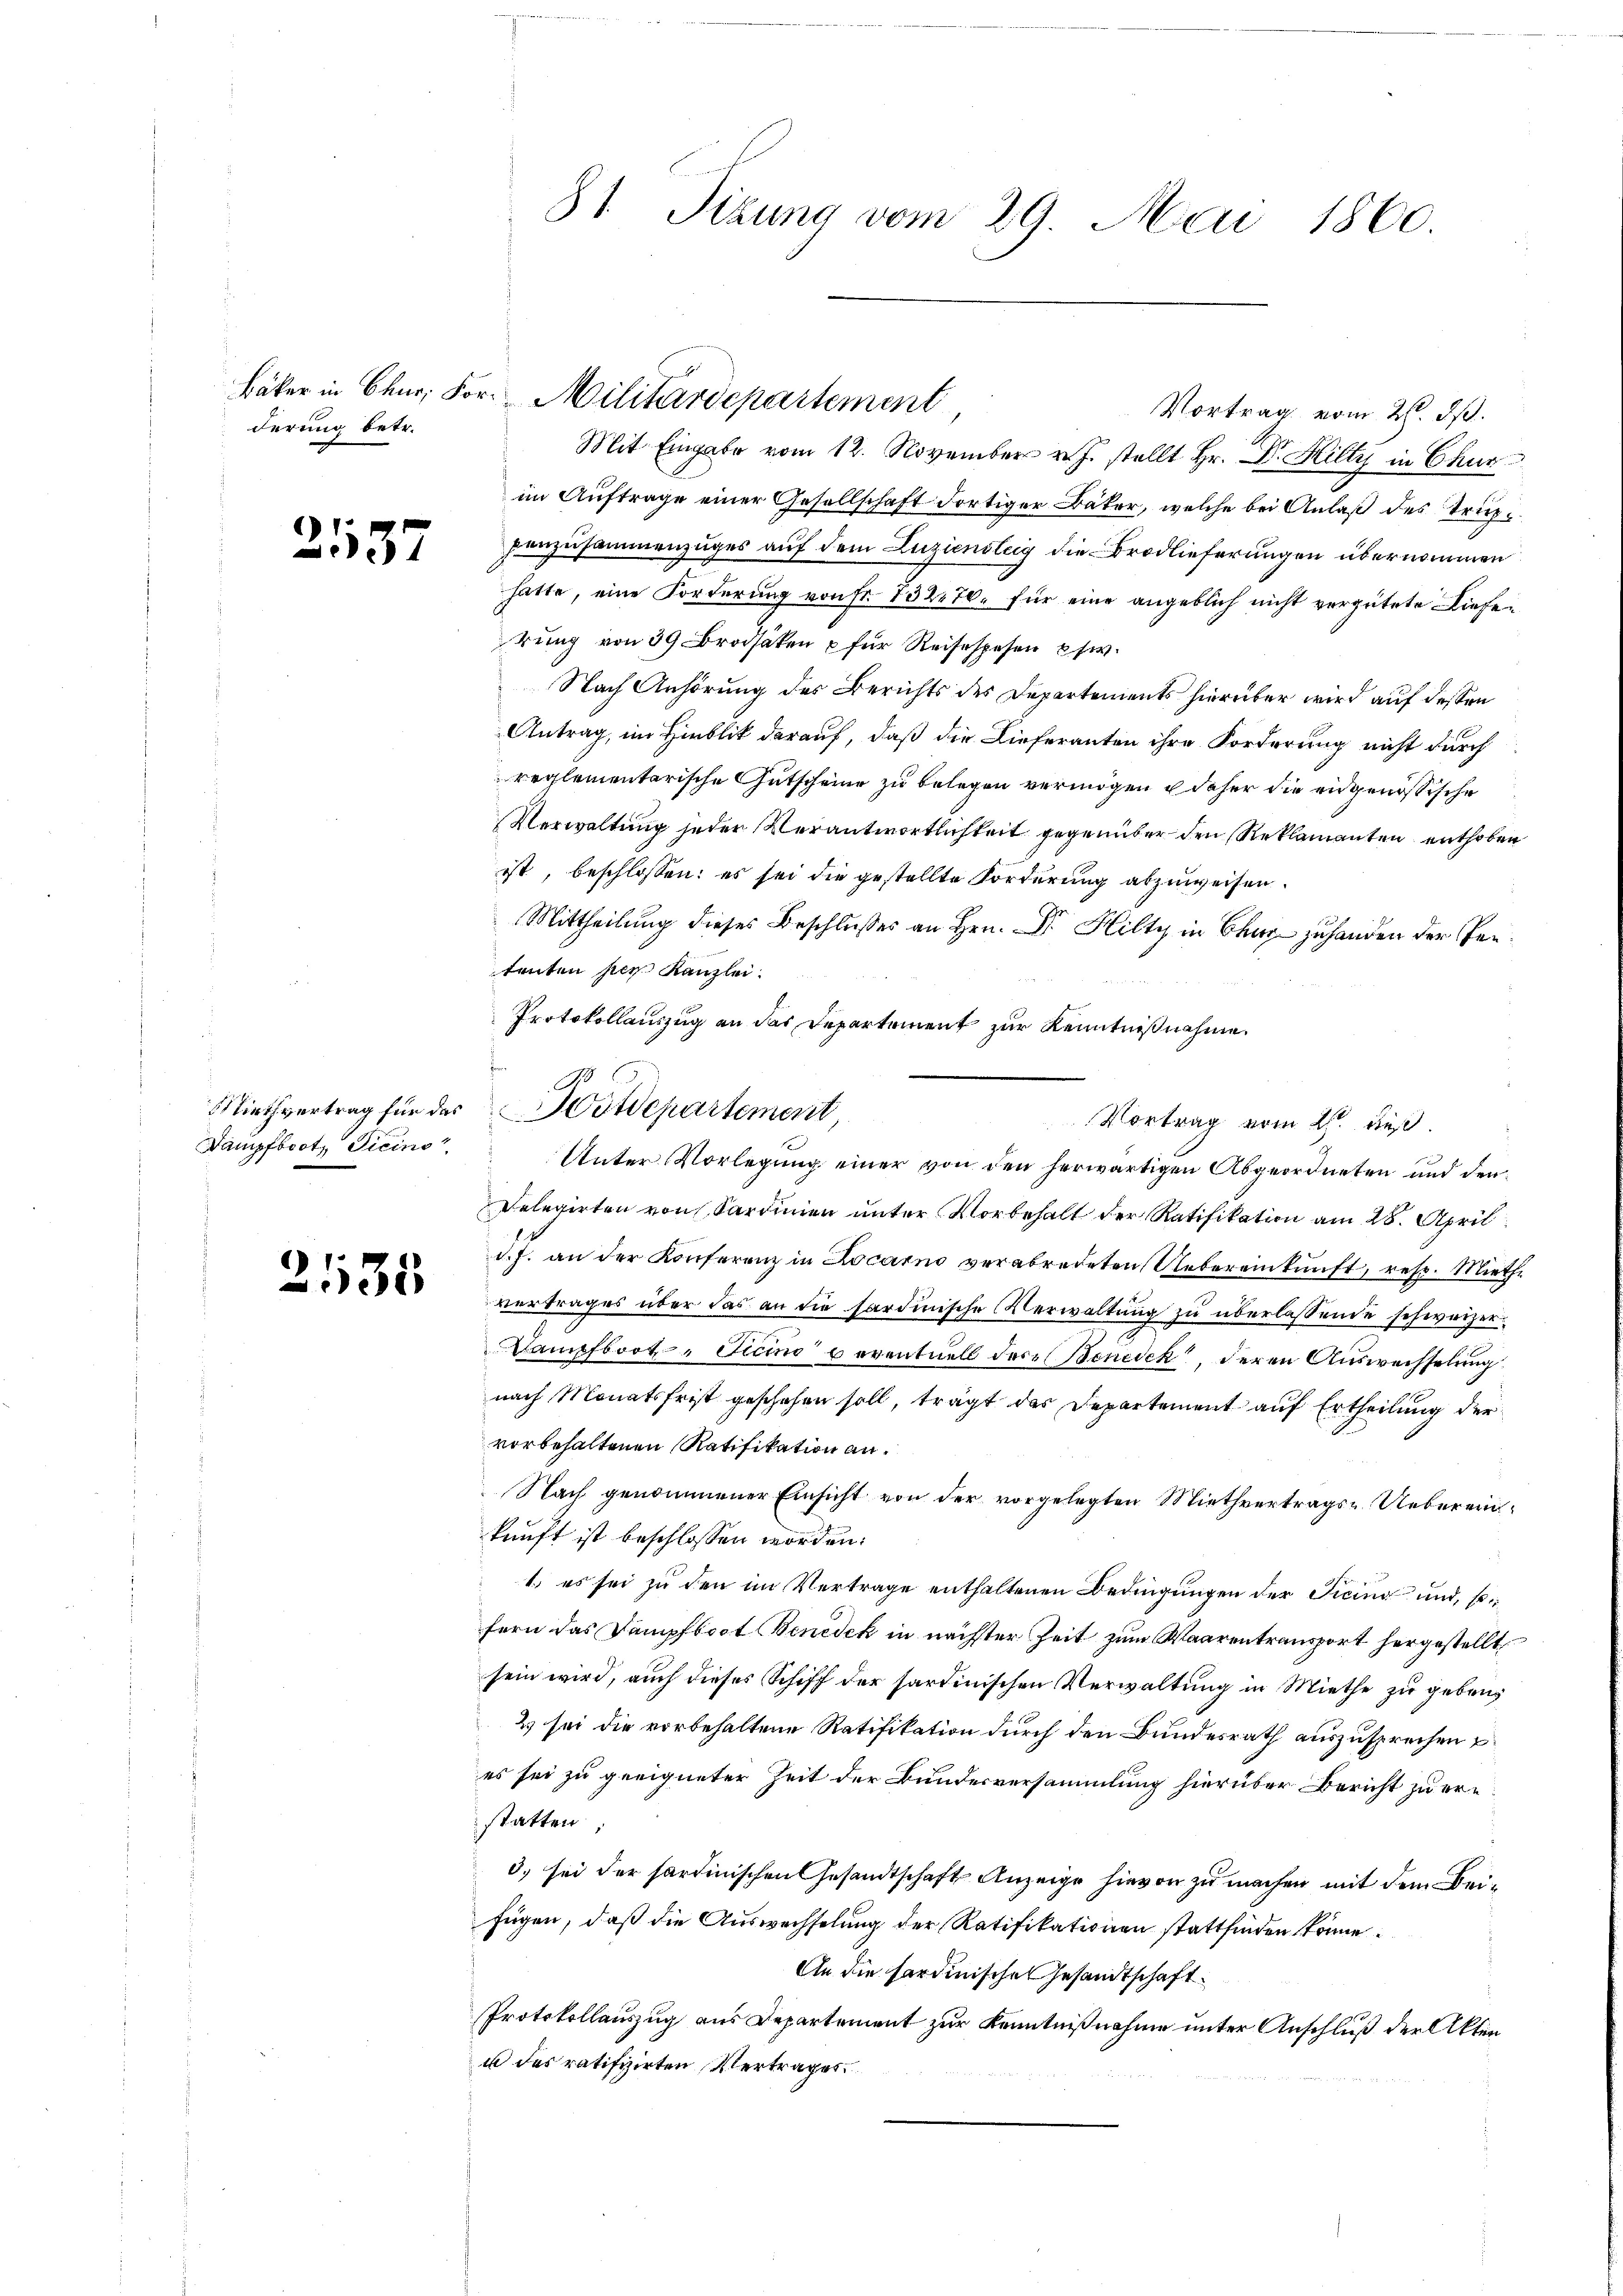
derung betr.

2137

Miethvertrag für das
Dampfboot, Tieins

2135

31. Sizung vom 29. Mai 1860.

Vortrag vom 26. ds.
Mit Eingabe vom 12. November v. J. stellt Hr. Dr. Hilty in Chur
im Auftrage einer Gesellschaft dortiger Bäker, welche bei Anlaß des Tripanzusammenzuges auf dem Luziensteig die Brodlieferungen übernommen
hatte, eine Forderung von Fr. 13270. für eine angeblich nicht vergütete Dieferung von 39 Brasaten u für Reisespesen usw.
Nach Anhörung des Berichts des Departements hierüber wird auf dessen
Antrag, im Hinblik darauf, daß die Lieferanten ihre Forderung nicht durch
reglementarische Gutscheine zu belegen vermögen & daher die eidgenössische
Verwaltung jeder Verantwortlichkeit gegenüber den Reklamanten enthoben
ist, beschlossen: es sei die gestellte Forderung abzuweisen.
Mittheilung dieses Beschlußes an Hrn. Dr. Hilty in Chur zu handen der Pentreten per Kanzlei.
Protokollauszug an das Departement zur Kenntnißnahme.
Unter Vorlegung einer von den herwärtigen Abgeordneten und den
Delegirten von Sardinien unter Vorbehalt der Ratifikation am 28. April
d.J. an der Konferenz in Locarno verabredeten Uebereinkunft, resp. Miethe
vertrages über das an die hardinische Verwaltung zu überlassende schweizer¬
Dampfboot - Ticino reventuell der Benedek, deren Auswechselung
nach Monatsfrist geschehen soll, trägt das Departement auf Ertheilung der
vorbehaltenen Ratifikation an.
Nach genommener Einsicht von der vorgelegten Miethvertrags-Uebereinkunft ist beschlossen worden.
1.) es sei zu den im Vertrage enthaltenen Bedingungen der Ticing und, sofern das Dampfboot Benedek in nächster Zeit zum Waarentransport hergestellt
sein wird, auch dieses Schiff der sardinischen Verwaltung in Miethe zu geben
2) sei die vorbehaltene Ratifikation durch den Bundesrath auszusprechen u
es sei zu geeigneter Zeit der Bundesversammlung hierüber Bericht zu erstatten.
3) sei der sardinischen Gesandtschaft Anzeige hievon zu machen mit dem Beifügen, daß die Auswechselung der Ratifikationen stattfinden könne.
An die hardinische Gesandtschaft
Protokollauszug aus Departement zur Kenntnißnahme unter Anschluß der Akten
u des ratifizirten Vertrages

Bäker in Chur, For. Militärdepartement

A
Hotdepartement,
Vortrag vom 2. dieß.